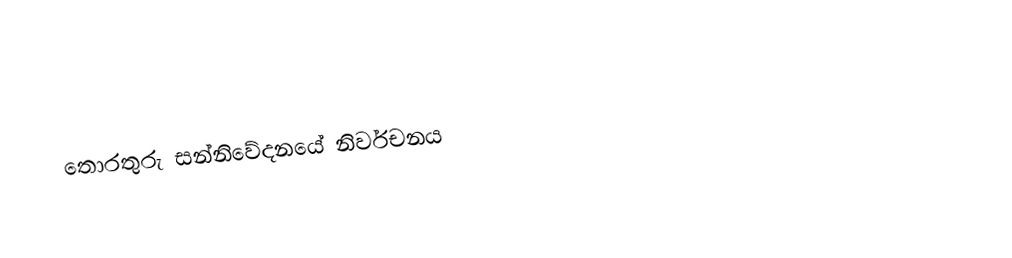
තොරතුරු සන්නිවේදනයේ නිර්වචනය